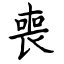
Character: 喪